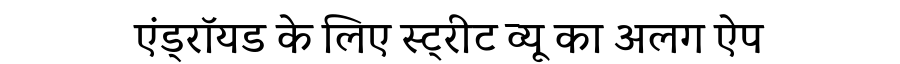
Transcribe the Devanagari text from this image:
एंड्रॉयड के लिए स्ट्रीट व्यू का अलग ऐप